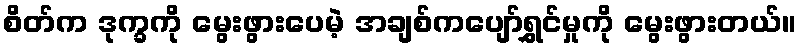
စိတ်က ဒုက္ခကို မွေးဖွားပေမဲ့ အချစ်ကပျော်ရွှင်မှုကို မွေးဖွားတယ်။